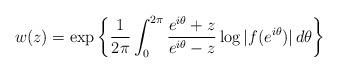
LaTeX: \begin{align*}w(z)=\exp\left\{\frac{1}{2\pi}\int_0^{2\pi}\frac{e ^{i\theta}+z}{e^{i\theta}-z}\log|f(e ^{i\theta})|\, d\theta\right\}\end{align*}